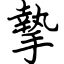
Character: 摯